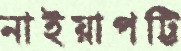
নাইয়াপট্টি